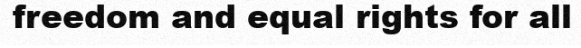
freedom and equal rights for all